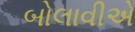
બોલાવીએ